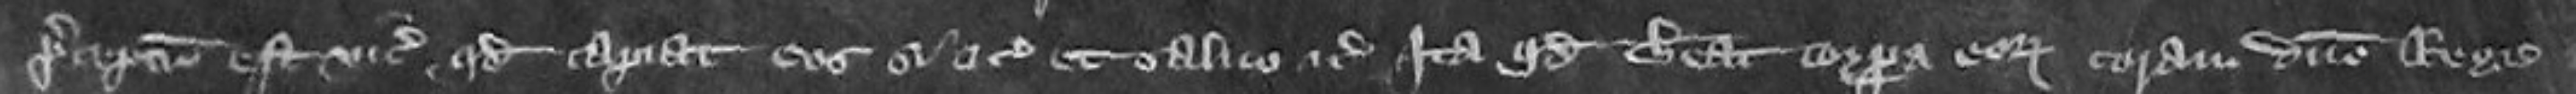
preceptum est vicecomiti quod capiat eos si inventi et salvo etc ita quod habeat corpora eorum coram domino rege